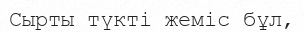
Сырты түкті жеміс бұл,